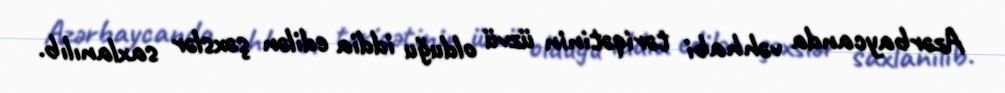
Azərbaycanda vəhhabi təriqətinin üzvü olduğu iddia edilən şəxslər saxlanılıb.